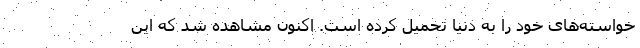
خواسته‌های خود را به دنیا تحمیل کرده است. اکنون مشاهده شد که این